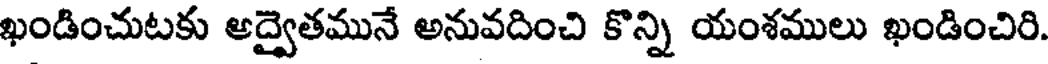
ఖండించుటకు ఆద్వైతమునే అనువదించి కొన్ని యంశములు ఖండించిరి